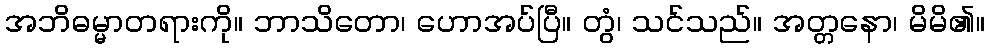
အဘိဓမ္မာတရားကို။ ဘာသိတော၊ ဟောအပ်ပြီ။ တွံ၊ သင်သည်။ အတ္တနော၊ မိမိ၏။